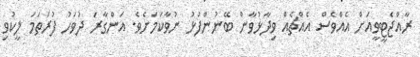
ރާއްޖެޓީވީއަށް އެއްވެސް އެއްޗެއް ވިދާޅުވާން ބޭނުންފުޅު ނުވާކަމަށެވެ. އަންގާރަ ދުވަހު ފުރަތަމަ ލީކުވި